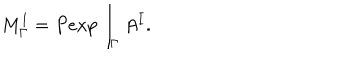
LaTeX: M _ { \Gamma } ^ { I } = P e x p \int _ { \Gamma } A ^ { I } .